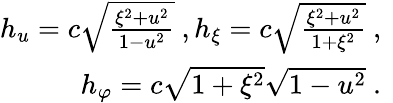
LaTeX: \begin{array}{r}{h_{u}=c\sqrt{\frac{\xi^{2}+u^{2}}{1-u^{2}}}\ ,h_{\xi}=c\sqrt{\frac{\xi^{2}+u^{2}}{1+\xi^{2}}}\ ,\ }\\ {h_{\varphi}=c\sqrt{1+\xi^{2}}\sqrt{1-u^{2}}\ .\ }\end{array}